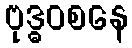
ဗုဒ္ဓဝစနေ